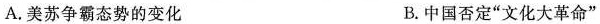
A.美苏争霸态势的变化 B.中国否定”文化大革命”